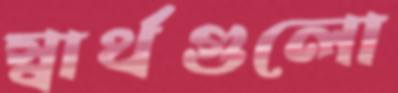
স্বার্থগুলো